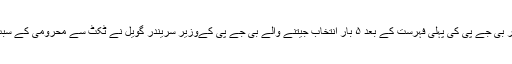
راجستھان کے اندر بی جے پی کی پہلی فہرست کے بعد ۵ بار انتخاب جیتنے والے بی جے پی کےوزیر سریندر گویل نے ٹکٹ سے محرومی کے سبب استعفیٰ دے دیا۔